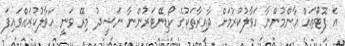
އެ ފޮޓޯތައް އާންމުންނާ ހަވާލުކުރުމަށް ދާއިރާތަކުގެ ކޯޑިނޭޓަރުންނާ ނަޝީދު މިރޭ ވަނީ ހަވާލުކުރައްވައިފަ